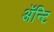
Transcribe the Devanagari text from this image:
अॅन्टि